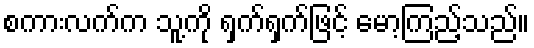
စကားလက်က သူ့ကို ရှက်ရှက်ဖြင့် မော့ကြည့်သည်။